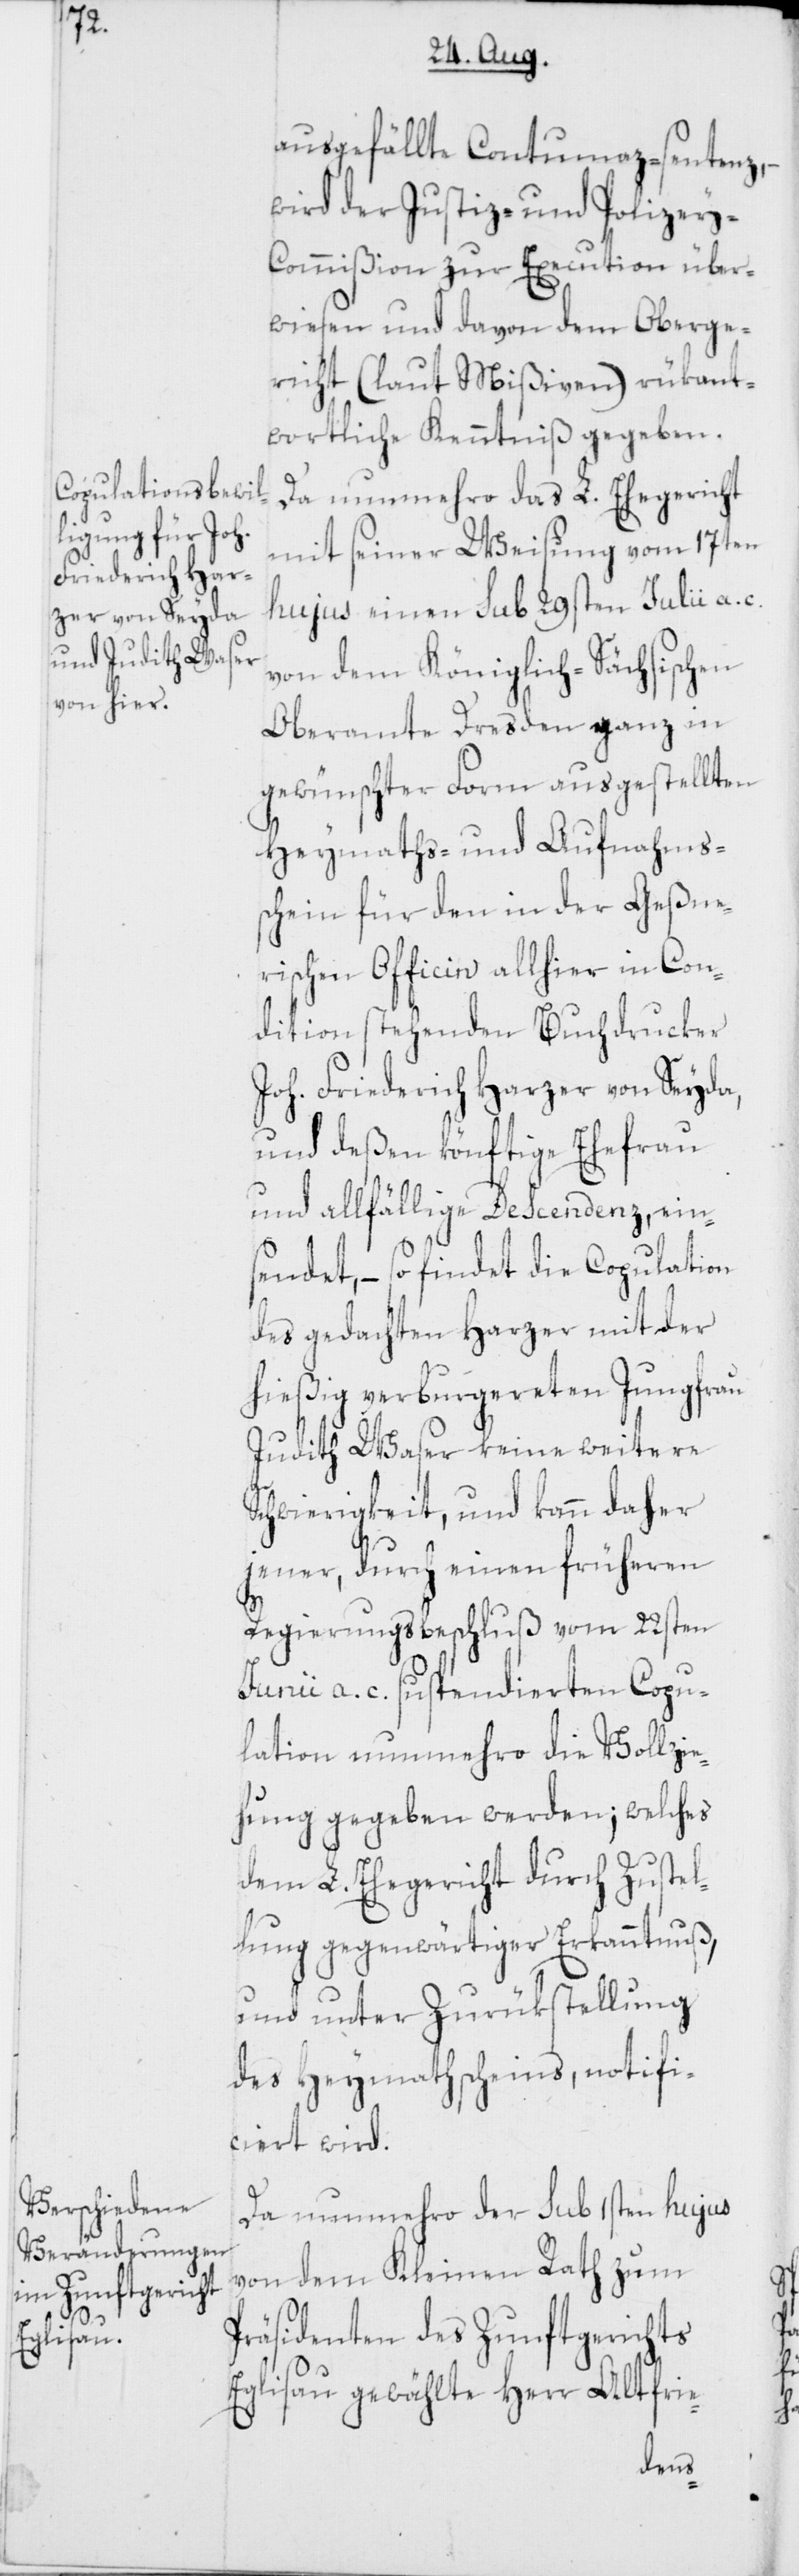
ausgefällte Contumaz-sentenz,
wird der Justiz- und Polizey-C¬
ommißion zur Execution über¬
wiesen und davon dem Oberge¬
richt (laut Mißiven) rükant¬
wortliche Kenntniß gegeben.
Da nunmehro das L. Ehegericht
mit seiner Weisung vom 17ten
hujus einen sub 29sten Julii a.
von dem Königlich-Sächsischen
Oberamte Dresden ganz in
gewünschter Form ausgestellten
Heymaths- und Aufnahms¬
schein für den in der Geßne¬
rischen Officin allhier in Con¬
dition stehenden Buchdrucker
Joh. Friederich Harzer von Seyda,
und deßen könftige Ehefrau
und allfällige Descendenz, ein¬
sendet, – so findet die Copulation
des gedachten Harzer mit der
hießig verburgereten Jungfrau
Judith Waser keine weitere
Schwierigkeit, und kann daher
jener, durch einen früheren
Regierungsbeschluß vom 22sten
Junii a. c. suspendierten Copu¬
lation nunmehro die Vollzie¬
hung gegeben werden; welches
dem L. Ehegericht durch Zustel¬
lung gegenwärtiger Erkanntnuß,
und unter Zurükstellung
des Heymathscheins, notifi¬
ciert wird.
Da nunmehro der sub 1sten hujus
von dem Kleinen Rath zum
Präsidenten des Zunftgerichts
Eglisau gewählte Herr Altfrie-